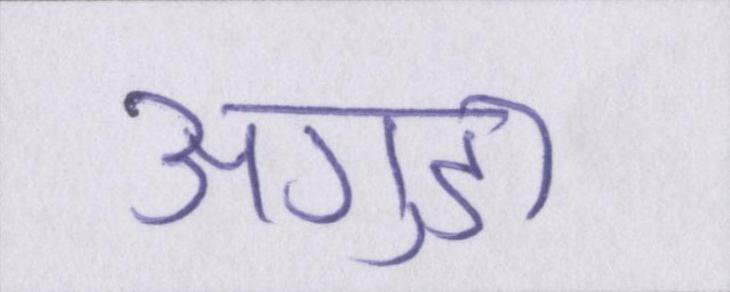
अगुडा